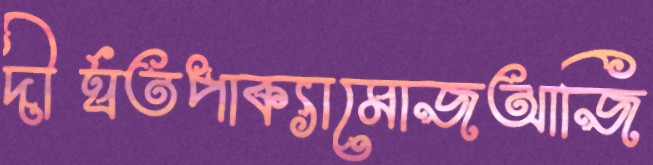
দীর্ঘতপাক্যামোজআজি